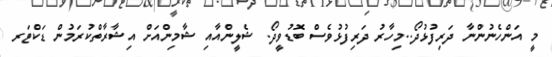
މީ އަންހެނުންނާ ދަރިފުޅުދޯ..މިހާރު ދަރިފުޅުވެސް ބޮޑުވީދޯ. ޝެލީންއާއި ޝާމިންއަށް އިޝާރާތްކުރަމުން ޑަކްޓަރ